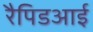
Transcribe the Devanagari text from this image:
रैपिडआई